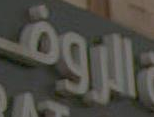
الروف